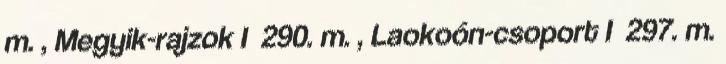
m. , Megyik-rajzok I 290. m. , Laokoón-csoport I 297. m.